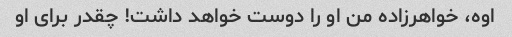
اوه، خواهرزاده من او را دوست خواهد داشت! چقدر برای او